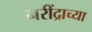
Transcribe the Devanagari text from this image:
नरींद्राच्या